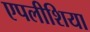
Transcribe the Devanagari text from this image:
एपलीशिया